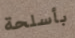
بأسلحة